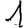
Digit: 1